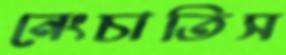
নেংচাতিস